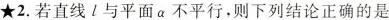
★2.若直线l与平面α不平行，则下列结论正确的是